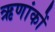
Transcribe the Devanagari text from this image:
ऋणांकों